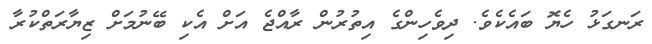
ރަނގަޅު ހެޔޮ ބައެކެވެ. ދިވެހިންގެ އިތުރުން ރާއްޖެ އަށް އެކި ބޭނުމަށް ޒިޔާރަތްކުރާ